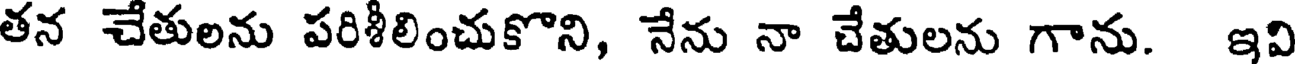
తన చేతులను పరిశీలించుకొని, నేను నా చేతులను గాను. ఇవి